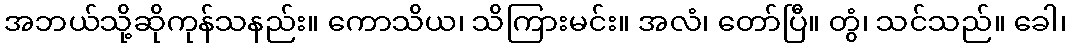
အဘယ်သို့ဆိုကုန်သနည်း။ ကောသိယ၊ သိကြားမင်း။ အလံ၊ တော်ပြီ။ တွံ၊ သင်သည်။ ခေါ၊